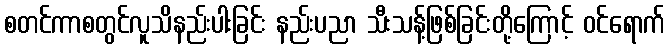
စတင်ကာစတွင်လူသိနည်းပါးခြင်း နည်းပညာ သီးသန့်ဖြစ်ခြင်းတို့ကြောင့် ဝင်ရောက်